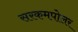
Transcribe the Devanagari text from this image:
सरकमपोलर